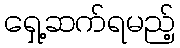
ရှေ့ဆက်ရမည့်